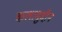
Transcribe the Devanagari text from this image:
कलामुद्दीन